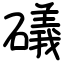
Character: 礒